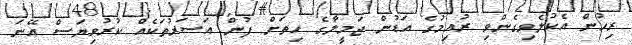
ރިހުން އެކުލެވިގެންވި ރުއިމުގެ އަޑުން ޖަމީލާގެ ހިތަށް ފުން އަސަރުތަކެއް ކުރުވިޔަސް އޭނަ